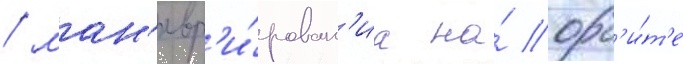
/ ман'евр'и́рован'иа на́ орб'и́т'е